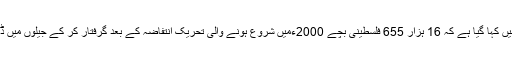
رپورٹ میں کہا گیا ہے کہ 16 ہزار 655 فلسطینی بچے 2000ءمیں شروع ہونے والی تحریک انتفاضہ کے بعد گرفتار کر کے جیلوں میں ڈالے گئے۔